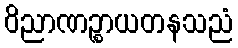
ဝိညာဏဉ္စာယတနသညံ